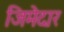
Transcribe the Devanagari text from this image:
जिमेदार